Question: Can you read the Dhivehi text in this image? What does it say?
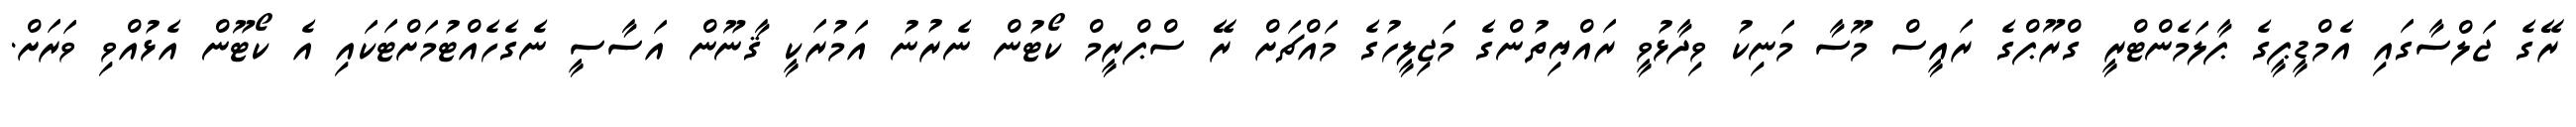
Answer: ރޭގެ ޖަލްސާގައި އެމްޑީޕީގެ ޕާލަމެންޓްރީ ގްރޫޕްގެ ރައީސް މޫސާ މަނިކު ވިދާޅުވީ ރައްޔިތުންގެ މަޖިލީހުގެ މައްޗަށް ރޭ ސްޕްރީމް ކޯޓުން ނެރުނު އަމުރަކީ ޤާނޫން އަސާސީ ނެގެހެއްޓުމަށްޓަކައި އެ ކޯޓޫން އެޅުއްވި ވަރަށް.